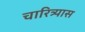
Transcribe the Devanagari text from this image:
चारित्र्यास